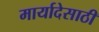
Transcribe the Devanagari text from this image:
मार्यादेसाठी